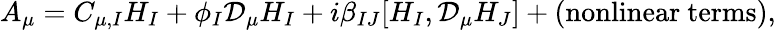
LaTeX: A_{\mu}=C_{\mu,I}H_{I}+\phi_{I}{\mathcal D}_{\mu}H_{I}+i\beta_{IJ}[H_{I},{\mathcal D}_{\mu}H_{J}]+\mathrm{(nonlinear~terms)},